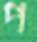
প